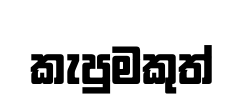
කැපුමකුත්